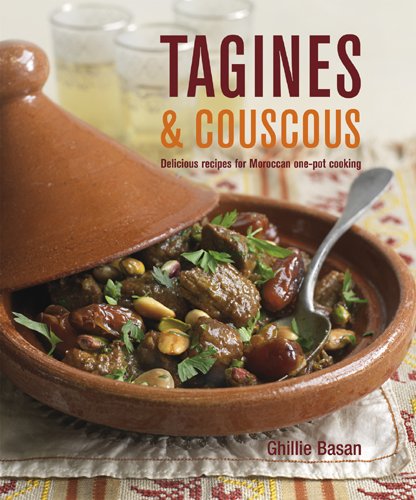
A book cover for Tagines & Couscous: Delicious Recipes for Moroccan One-Pot Cooking; Ghillie Basan; Cookbooks, Food & Wine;